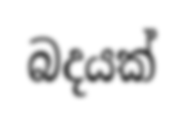
බදයක්